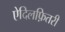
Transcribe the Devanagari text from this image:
ऐदिलफ़ितरी